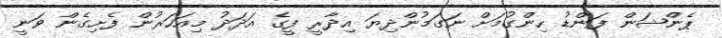
ޕެންޝަން ފަންޑު ހިންގުމަށް ނަގަމުންދިޔަ އިދާރީ ފީގެ އަދަދު މިއަހަރުން ފެށިގެން ވަނީ